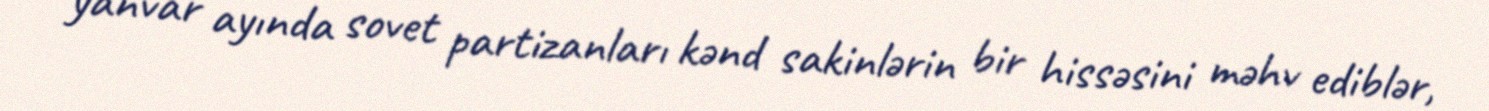
yanvar ayında sovet partizanları kənd sakinlərin bir hissəsini məhv ediblər,